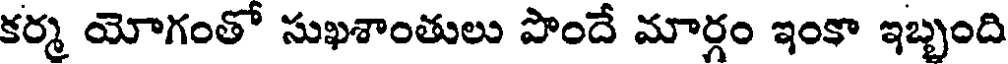
కర్మ యోగంతో సుఖశాంతులు పొందే మార్గం ఇంకా ఇబ్బంది